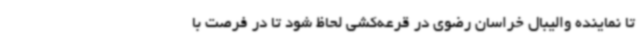
تا نماینده والیبال خراسان رضوی در قرعه‌کشی لحاظ شود تا در فرصت با